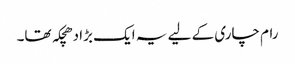
رام چاری کے لیے یہ ایک بڑا دھچکہ تھا۔